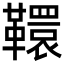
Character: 𩍡